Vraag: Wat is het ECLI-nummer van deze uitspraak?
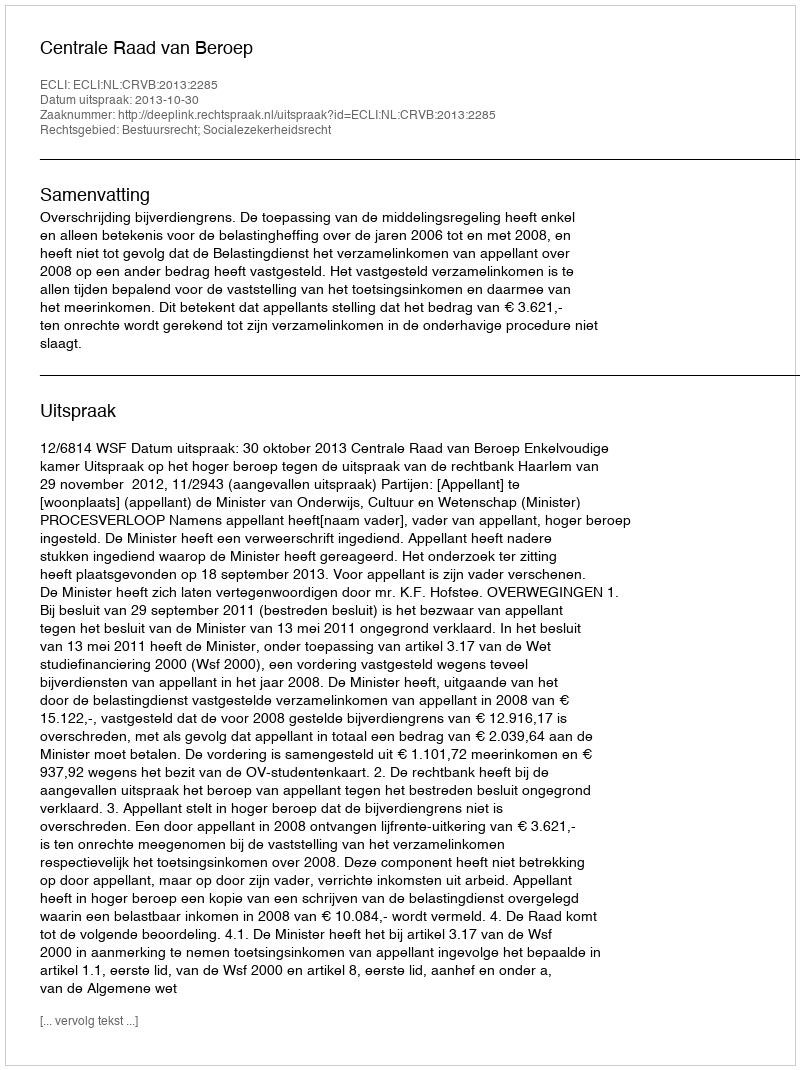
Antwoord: ECLI:NL:CRVB:2013:2285